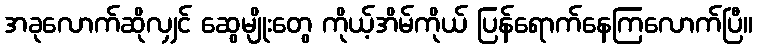
အခုလောက်ဆိုလျှင် ဆွေမျိုးတွေ ကိုယ့်အိမ်ကိုယ် ပြန်ရောက်နေကြလောက်ပြီ။